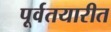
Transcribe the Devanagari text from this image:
पूर्वतयारीत